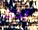
أخرى